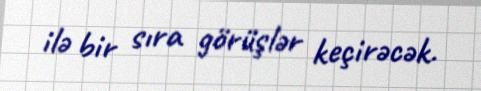
ilə bir sıra görüşlər keçirəcək.